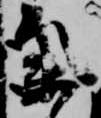
気